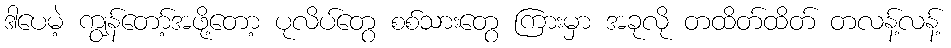
ဒါပေမဲ့ ကျွန်တော့်အဖို့တော့ ပုလိပ်တွေ စစ်သားတွေ ကြားမှာ အခုလို တထိတ်ထိတ် တလန့်လန့်